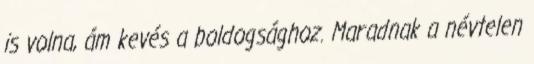
is volna, ám kevés a boldogsághoz. Maradnak a névtelen